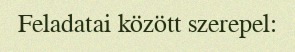
Feladatai között szerepel: